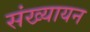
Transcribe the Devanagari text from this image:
संख्यायन